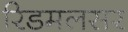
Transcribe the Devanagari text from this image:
रिडमलसर